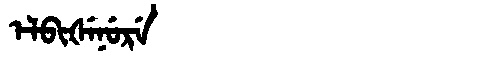
Manchu: ᡝᠯᠪᡳᡧᡝᠨᡠᡵᡝ
Romanization: ELBIŠENURE